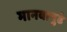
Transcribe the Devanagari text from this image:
मानवापुढे